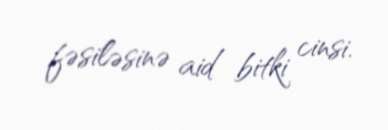
fəsiləsinə aid bitki cinsi.